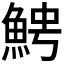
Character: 𩶍